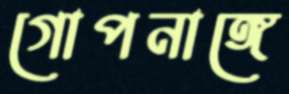
গোপনাঙ্গে